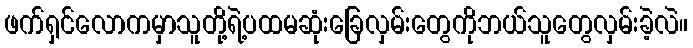
ဖက်ရှင်လောကမှာသူတို့ရဲ့ပထမဆုံးခြေလှမ်းတွေကိုဘယ်သူတွေလှမ်းခဲ့လဲ။